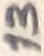
Text: 13